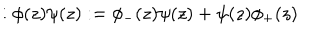
: \phi ( z ) \psi ( z ) : = \phi _ { - } ( z ) \psi ( z ) + \psi ( z ) \phi _ { + } ( z )